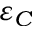
\varepsilon _ { C }